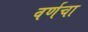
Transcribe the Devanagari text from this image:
वर्णचा